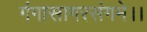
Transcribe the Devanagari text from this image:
गंगासागरसंगमे।।